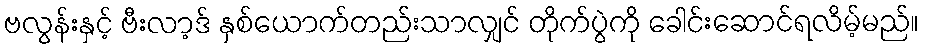
ဗလွန်းနှင့် ဗီးလာ့ဒ် နှစ်ယောက်တည်းသာလျှင် တိုက်ပွဲကို ခေါင်းဆောင်ရလိမ့်မည်။